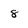
Character: 8